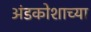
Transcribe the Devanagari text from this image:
अंडकोशाच्या